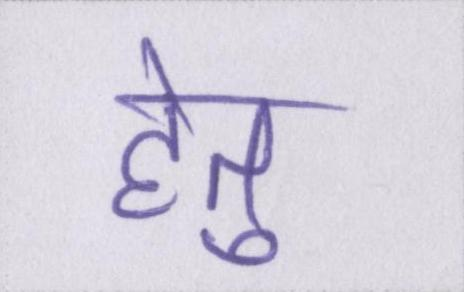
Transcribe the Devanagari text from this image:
हेतु